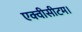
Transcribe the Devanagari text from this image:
एक्वीसीटम।